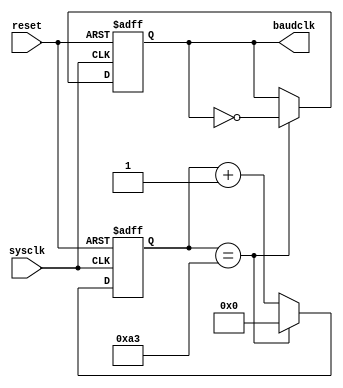
module timebaudclk(sysclk,reset,baudclk);
  input sysclk;
  input reset;
  output baudclk;
  reg baudclk;
  reg [7:0] count;
  
  always@(posedge sysclk or negedge reset) begin
    if(~reset) begin
      count<=8'b0;
      baudclk<=1'b0;
    end
    else begin
      if(count==163)
        begin
          baudclk<=~baudclk;
          count<=0;
        end
      else
        count<=count+1'b1;
    end
  end
endmodule